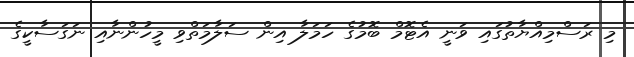
މި ރަސްމިއްޔާތުގައި ވަނީ އެޓޮމް ބޮމުގެ ހަމަލާ އިން ސަލާމަތްވި މީހުންނާއި ނަގަސާކީގެ